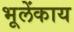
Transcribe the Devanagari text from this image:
भूलेंकाय